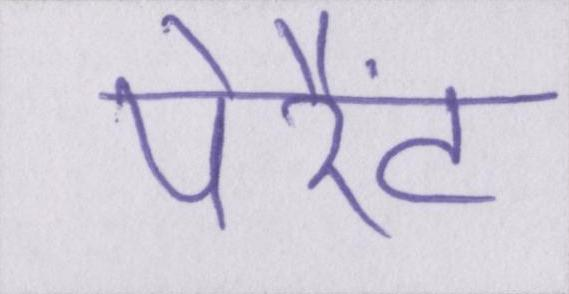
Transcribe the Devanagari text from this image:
पेरैंट